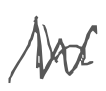
Text: in
Cross-out: zig-zag
Writing tool: digital_gray